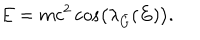
E = m c ^ { 2 } \cos \left( { \lambda } _ { \bar { G } } ( E ) \right) .